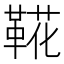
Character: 𩋖